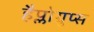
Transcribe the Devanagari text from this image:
हैप्लोग्रुप्स